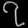
Digit: ၇